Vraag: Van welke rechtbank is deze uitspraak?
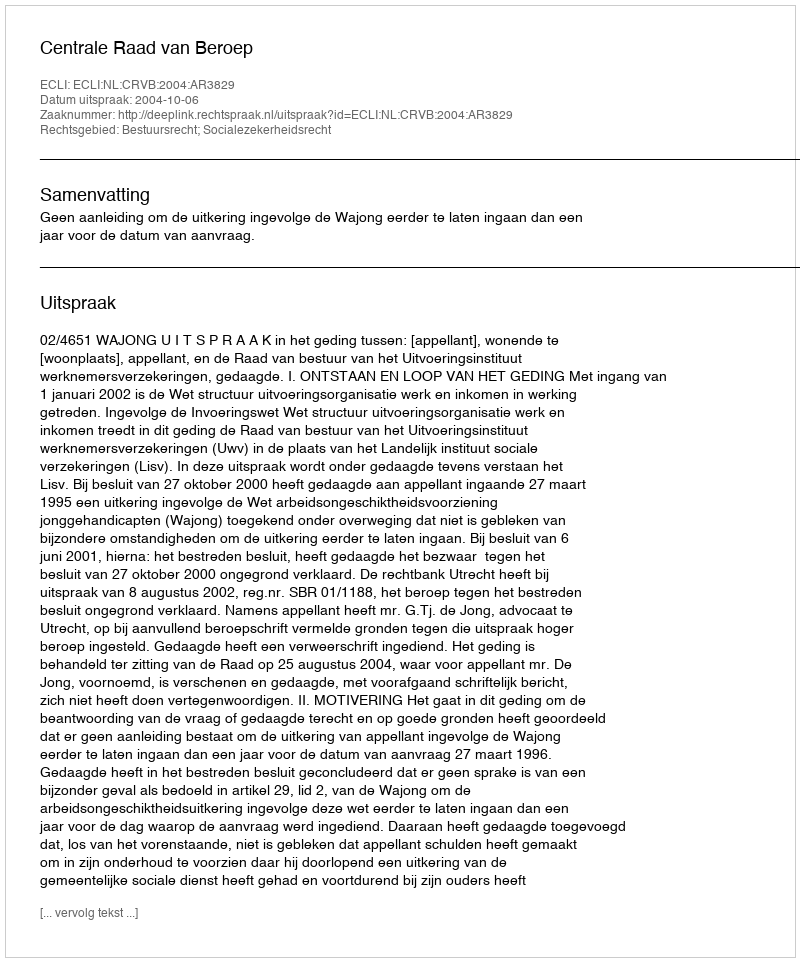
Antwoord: Centrale Raad van Beroep